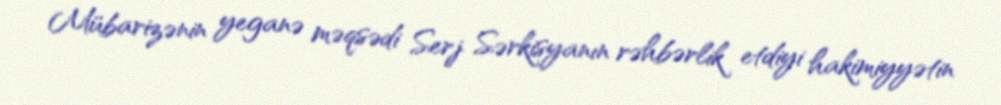
Mübarizənin yeganə məqsədi Serj Sərkisyanın rəhbərlik etdiyi hakimiyyətin